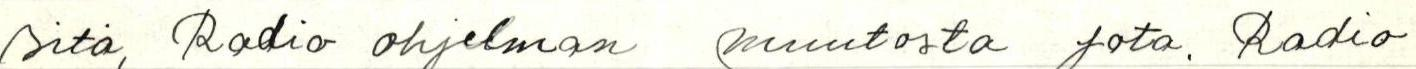
sitä, Radio ohjelman muutosta jota. Radio